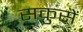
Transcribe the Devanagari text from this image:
सकुसें